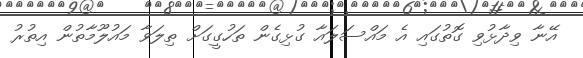
އޭނާ ވިދާޅުވި ގޮތުގައި އެ މައްސަލައާ ގުޅިގެން ތަހުގީގަށް ތިލަވާ މައުލޫމާތުން އިތުރު